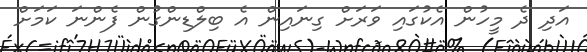
އަދި ދެ މީހުން އެކުގައި ވަރަށް ގިނައިން އެ ބިލްޑިންގުން ފެންނަ ކަމަށް